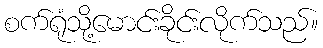
စက်ရုံသို့မောင်းခိုင်းလိုက်သည်။